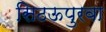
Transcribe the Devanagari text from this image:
सिठऊपुरवा